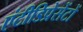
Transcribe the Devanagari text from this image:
एंटीडिप्रेसेंटों